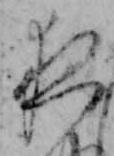
夜